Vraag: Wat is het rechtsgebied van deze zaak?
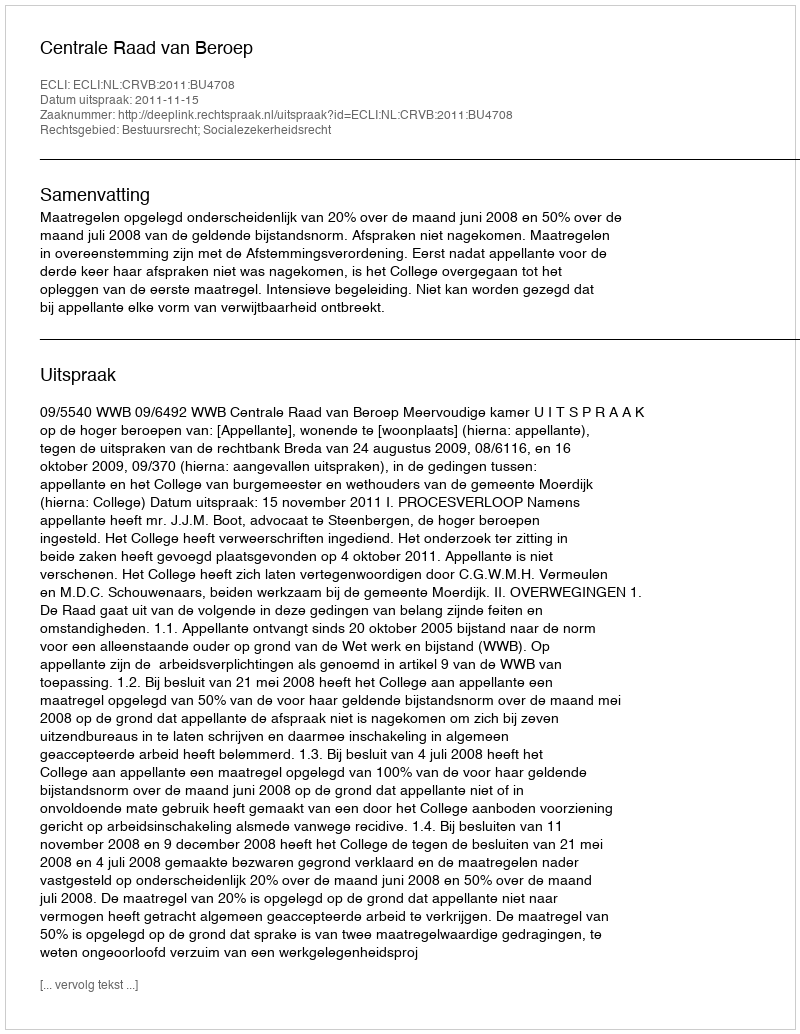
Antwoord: Bestuursrecht; Socialezekerheidsrecht